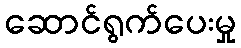
ဆောင်ရွက်ပေးမှု